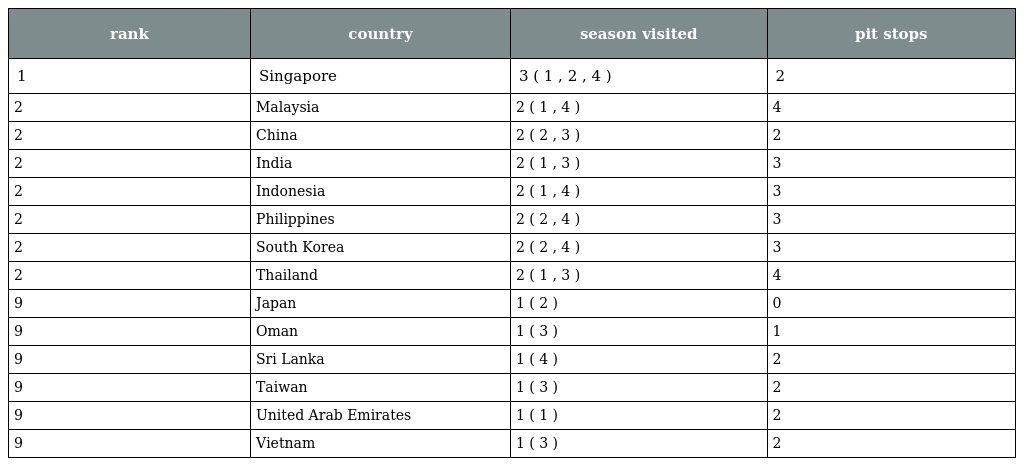
| rank | country | season visited | pit stops |
 | --- | --- | --- | --- |
 | 1 | Singapore | 3 ( 1 , 2 , 4 ) | 2 |
 | 2 | Malaysia | 2 ( 1 , 4 ) | 4 |
 | 2 | China | 2 ( 2 , 3 ) | 2 |
 | 2 | India | 2 ( 1 , 3 ) | 3 |
 | 2 | Indonesia | 2 ( 1 , 4 ) | 3 |
 | 2 | Philippines | 2 ( 2 , 4 ) | 3 |
 | 2 | South Korea | 2 ( 2 , 4 ) | 3 |
 | 2 | Thailand | 2 ( 1 , 3 ) | 4 |
 | 9 | Japan | 1 ( 2 ) | 0 |
 | 9 | Oman | 1 ( 3 ) | 1 |
 | 9 | Sri Lanka | 1 ( 4 ) | 2 |
 | 9 | Taiwan | 1 ( 3 ) | 2 |
 | 9 | United Arab Emirates | 1 ( 1 ) | 2 |
 | 9 | Vietnam | 1 ( 3 ) | 2 |